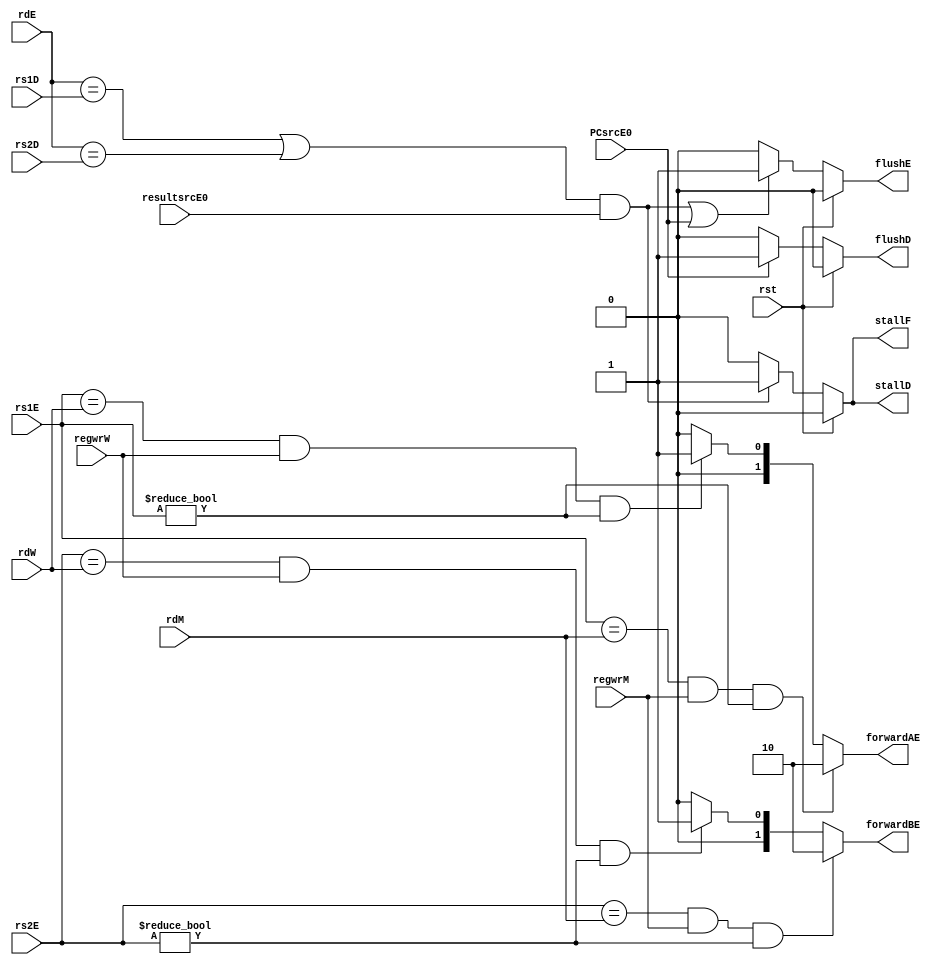
module hazard_unit (
//fowarding inputs
input wire       rst,
input wire [4:0] rs1E,
input wire [4:0] rs2E,
input wire [4:0] rdM,
input wire [4:0] rdW,
input wire       regwrM,
input wire       regwrW,
//stalling inputs
input wire [4:0] rs1D,
input wire [4:0] rs2D,
input wire [4:0] rdE,
input wire       resultsrcE0,
//flushing inputs
input wire       PCsrcE0,
//forwarding outputs
output reg [1:0] forwardAE,
output reg [1:0] forwardBE,
//stalling outputs 
output reg       stallF ,
output reg       stallD,
output reg       flushE,
//flushing outputs 
output reg       flushD
);



always@(*)
begin
     if( (rs1E == rdM) && regwrM && rs1E != 0 )
      begin
        forwardAE = 2'b10 ;
      end
    else if( (rs1E == rdW) && regwrW && rs1E != 0 )
      begin
        forwardAE = 2'b01 ;
      end
    else
      begin
        forwardAE <= 2'b00 ;
      end
      
    if( (rs2E == rdM) && regwrM && rs2E != 0 )
      begin
        forwardBE = 2'b10 ;
      end
    else if( (rs2E == rdW) && regwrW && rs2E != 0 )
      begin
        forwardBE = 2'b01 ;
      end
    else
      begin
         forwardBE = 2'b00 ;
      end 
               
end 

always@(*)
begin
  if(rst)
    begin
      stallF = 1'b0 ;
      stallD = 1'b0 ; 
    end
  else if(( (rdE == rs1D) || (rdE == rs2D) ) && resultsrcE0 ) 
    begin
      stallF = 1'b1 ;
      stallD = 1'b1 ;
    end
  else
    begin
      stallF = 1'b0 ;
      stallD = 1'b0 ;
    end
end

always@(*)
begin
  if(rst)
    begin
      flushD = 1'b0 ;
    end  
  else if(PCsrcE0)
    begin
      flushD = 1'b1  ;
    end
  else
    begin 
      flushD = 1'b0 ;
    end 
    
    
  if(rst)
    begin
      flushE = 1'b0 ;
    end
  else if((( (rdE == rs1D) || (rdE == rs2D) ) && resultsrcE0 ) || PCsrcE0)
    begin
      flushE = 1'b1 ;
    end 
  else
    begin
      flushE = 1'b0 ; 
    end

end 

endmodule